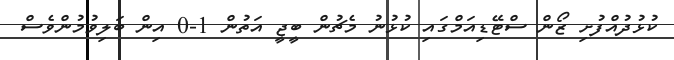
ކުޅުދުއްފުށި ޒޯން ސްޓޭޑިއަމްގައި ކުޅުނު މެޗުން ބީޖީ އަތުން 1-0 އިން ބަލިވުމުންވެސް